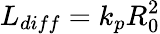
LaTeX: L_{diff}=k_{p}R_{0}^{2}